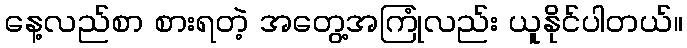
နေ့လည်စာ စားရတဲ့ အတွေ့အကြုံလည်း ယူနိုင်ပါတယ်။